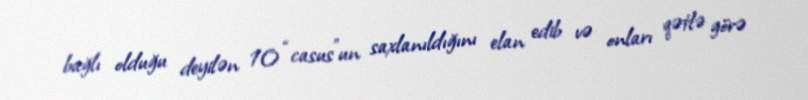
bağlı olduğu deyilən 10 “casus”un saxlanıldığını elan edib və onları qətlə görə